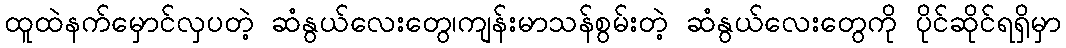
ထူထဲနက်မှောင်လှပတဲ့ ဆံနွယ်လေးတွေ၊ကျန်းမာသန်စွမ်းတဲ့ ဆံနွယ်လေးတွေကို ပိုင်ဆိုင်ရရှိမှာ